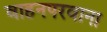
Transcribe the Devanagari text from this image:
वाहनपरवाना